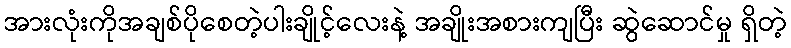
အားလုံးကိုအချစ်ပိုစေတဲ့ပါးချိုင့်လေးနဲ့ အချိုးအစားကျပြီး ဆွဲဆောင်မှု ရှိတဲ့